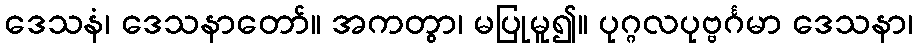
ဒေသနံ၊ ဒေသနာတော်။ အကတွာ၊ မပြုမူ၍။ ပုဂ္ဂလပုဗ္ဗင်္ဂမာ ဒေသနာ၊